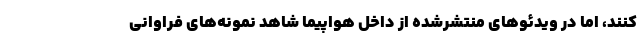
کنند، اما در ویدئو‌های منتشرشده از داخل هواپیما شاهد نمونه‌های فراوانی